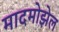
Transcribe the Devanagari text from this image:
मादमोझेल